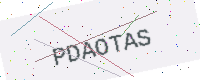
Text: PDAOTAS